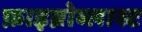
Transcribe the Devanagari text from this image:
फ़ाइब्रोब्लास्ट